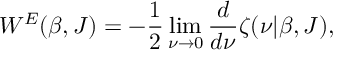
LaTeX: W ^ { E } ( \beta , J ) = - \frac 1 2 \operatorname * { l i m } _ { \nu \rightarrow 0 } { \frac { d } { d \nu } } \zeta ( \nu | \beta , J ) ,